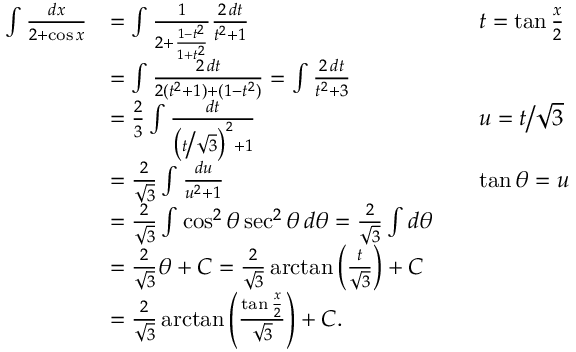
{ \begin{array} { r l r l } { \int { \frac { d x } { 2 + \cos x } } } & { = \int { \frac { 1 } { 2 + { \frac { 1 - t ^ { 2 } } { 1 + t ^ { 2 } } } } } { \frac { 2 \, d t } { t ^ { 2 } + 1 } } } & & { t = \tan { \frac { x } { 2 } } } \\ & { = \int { \frac { 2 \, d t } { 2 ( t ^ { 2 } + 1 ) + ( 1 - t ^ { 2 } ) } } = \int { \frac { 2 \, d t } { t ^ { 2 } + 3 } } } \\ & { = { \frac { 2 } { 3 } } \int { \frac { d t } { { \bigl ( } t { \big / } { \sqrt { 3 } } { \bigr ) } ^ { 2 } + 1 } } } & & { u = t { \big / } { \sqrt { 3 } } } \\ & { = { \frac { 2 } { \sqrt { 3 } } } \int { \frac { d u } { u ^ { 2 } + 1 } } } & & { \tan \theta = u } \\ & { = { \frac { 2 } { \sqrt { 3 } } } \int \cos ^ { 2 } \theta \sec ^ { 2 } \theta \, d \theta = { \frac { 2 } { \sqrt { 3 } } } \int d \theta } \\ & { = { \frac { 2 } { \sqrt { 3 } } } \theta + C = { \frac { 2 } { \sqrt { 3 } } } \arctan \left( { \frac { t } { \sqrt { 3 } } } \right) + C } \\ & { = { \frac { 2 } { \sqrt { 3 } } } \arctan \left( { \frac { \tan { \frac { x } { 2 } } } { \sqrt { 3 } } } \right) + C . } \end{array} }